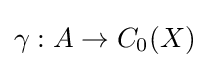
\gamma :A\to C_{0}(X)